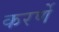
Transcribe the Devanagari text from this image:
करर्णे